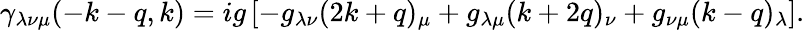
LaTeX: \gamma_{\lambda\nu\mu}(-k-q,k)=ig\left[-g_{\lambda\nu}(2k+q)_{\mu}+g_{\lambda\mu}(k+2q)_{\nu}+g_{\nu\mu}(k-q)_{\lambda}\right].